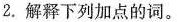
2.解释下列加点的词。